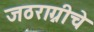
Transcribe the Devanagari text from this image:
जठराग्नीचे